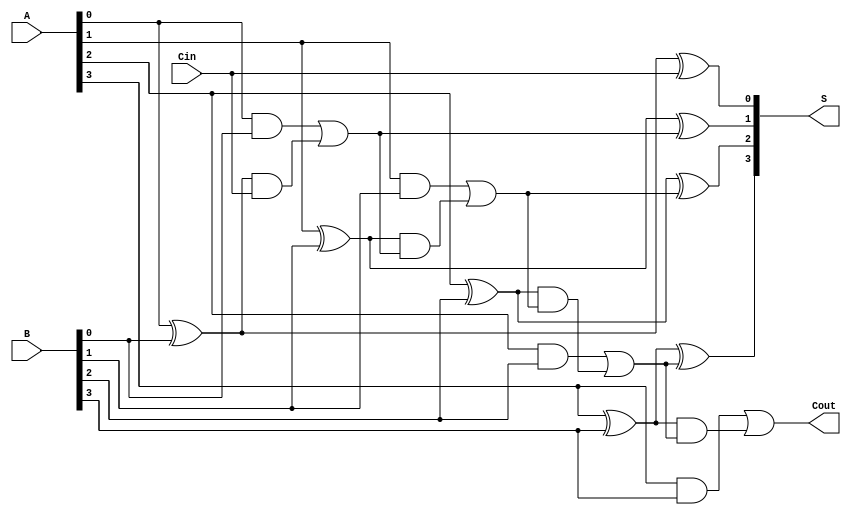
module LingAdder #(parameter N = 4) (
    input [N-1:0] A,        // First n-bit input
    input [N-1:0] B,        // Second n-bit input
    input Cin,              // Carry-in
    output [N-1:0] S,       // n-bit sum output
    output Cout              // Carry-out
);

    wire [N-1:0] G;         // Generate signals
    wire [N-1:0] P;         // Propagate signals
    wire [N:0] C;           // Carry signals (C[0] = Cin)

    // Generate and Propagate logic
    genvar i;
    generate
        for (i = 0; i < N; i = i + 1) begin : gen_prop
            assign G[i] = A[i] & B[i];        // Generate
            assign P[i] = A[i] ^ B[i];        // Propagate
        end
    endgenerate

    // Carry signals calculation
    assign C[0] = Cin;  // Initial carry input
    generate
        for (i = 0; i < N; i = i + 1) begin : carry_calc
            assign C[i+1] = G[i] | (P[i] & C[i]);  // Carry propagation
        end
    endgenerate

    // Sum calculation
    generate
        for (i = 0; i < N; i = i + 1) begin : sum_calc
            assign S[i] = P[i] ^ C[i];  // Sum calculation
        end
    endgenerate

    assign Cout = C[N];  // Final carry-out

endmodule